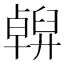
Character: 𠧇